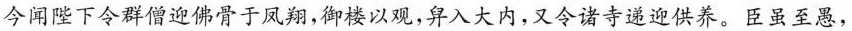
今闻陛下令群僧迎佛骨于凤翔，御楼以观，舁入大内，又令诸寺递迎供养。臣虽至愚，